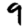
Digit: 9